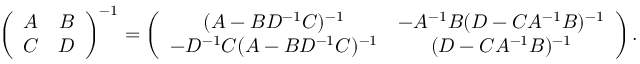
\left( \begin{array} { c c } { { A } } & { { B } } \\ { { C } } & { { D } } \end{array} \right) ^ { - 1 } = \left( \begin{array} { c c } { { ( A - B D ^ { - 1 } C ) ^ { - 1 } } } & { { - A ^ { - 1 } B ( D - C A ^ { - 1 } B ) ^ { - 1 } } } \\ { { - D ^ { - 1 } C ( A - B D ^ { - 1 } C ) ^ { - 1 } } } & { { ( D - C A ^ { - 1 } B ) ^ { - 1 } } } \end{array} \right) .